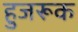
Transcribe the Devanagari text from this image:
हुजरूक